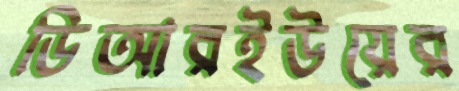
ডিআরইউয়ের